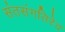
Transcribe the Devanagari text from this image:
संतसंगतिरेव